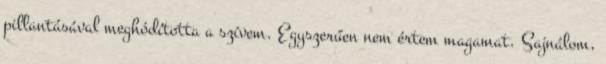
pillantásával meghódította a szívem. Egyszerűen nem értem magamat. Sajnálom,